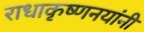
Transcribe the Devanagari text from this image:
राधाकृष्णनयांनी